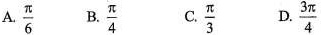
A.\frac{ \pi }{6} B.\frac{ \pi }{4} C.\frac{ \pi }{3} D.\frac{3 \pi }{4}